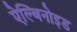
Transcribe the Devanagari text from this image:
ऐल्बिनोइड